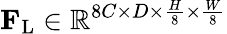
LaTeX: \mathbf{F}_{\mathrm{L}}\in\mathbb{R}^{8C\times D\times\frac{H}{8}\times\frac{W}{8}}